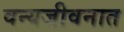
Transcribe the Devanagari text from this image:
वन्यजीवनात